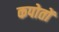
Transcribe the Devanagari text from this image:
कपोतों